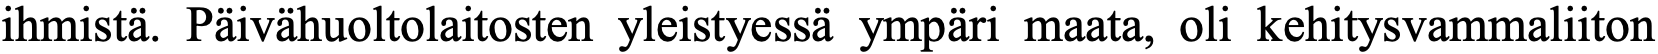
ihmistä. Päivähuoltolaitosten yleistyessä ympäri maata, oli kehitysvammaliiton